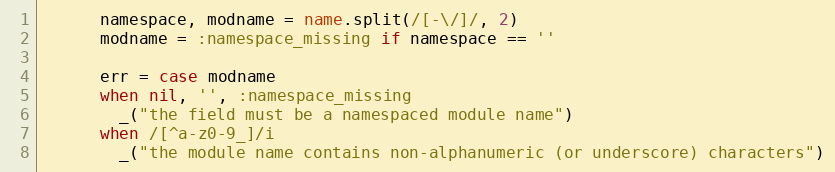
Language: Ruby
      namespace, modname = name.split(/[-\/]/, 2)
      modname = :namespace_missing if namespace == ''

      err = case modname
      when nil, '', :namespace_missing
        _("the field must be a namespaced module name")
      when /[^a-z0-9_]/i
        _("the module name contains non-alphanumeric (or underscore) characters")